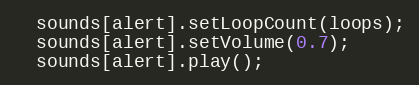
Language: C++
  sounds[alert].setLoopCount(loops);
  sounds[alert].setVolume(0.7);
  sounds[alert].play();